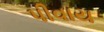
પીવાય